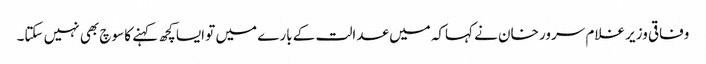
وفاقی وزیر غلام سرور خان نے کہاکہ میں عدالت کے بارے میں تو ایسا کچھ کہنے کا سوچ بھی نہیں سکتا۔